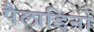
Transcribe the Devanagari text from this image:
पैलाडिनो